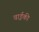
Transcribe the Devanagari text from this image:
वाईकी